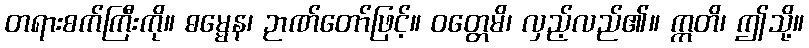
တရားစက်ကြီးကို။ ဓမ္မေန၊ ဉာဏ်တော်ဖြင့်။ ဝတ္တေမိ၊ လှည့်လည်၏။ ဣတိ၊ ဤသို့။